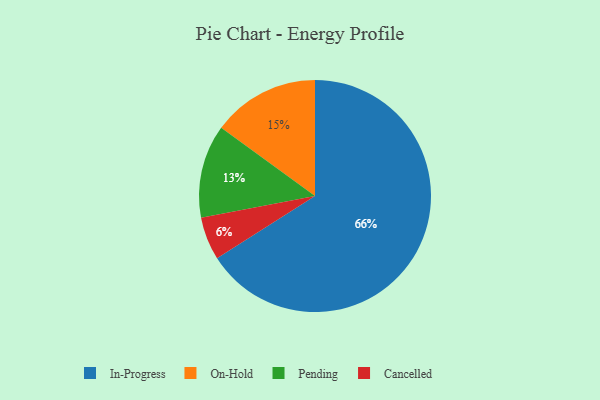
{"axis": {"x": "Category", "y": "Percentage"}, "legend": ["Cancelled", "In-Progress", "On-Hold", "Pending"], "data": [{"x": "On-Hold", "y": 15, "type": "On-Hold"}, {"x": "Cancelled", "y": 6, "type": "Cancelled"}, {"x": "In-Progress", "y": 66, "type": "In-Progress"}, {"x": "Pending", "y": 13, "type": "Pending"}]}